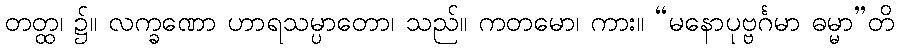
တတ္ထ၊ ၌။ လက္ခဏော ဟာရသမ္ပာတော၊ သည်။ ကတမော၊ ကား။ “မနောပုဗ္ဗင်္ဂမာ ဓမ္မာ”တိ